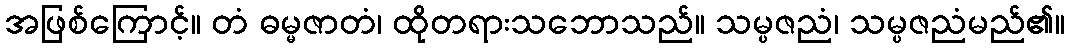
အဖြစ်ကြောင့်။ တံ ဓမ္မဇာတံ၊ ထိုတရားသဘောသည်။ သမ္ပဇညံ၊ သမ္ပဇညံမည်၏။